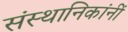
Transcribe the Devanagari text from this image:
संस्थानिकांनीं